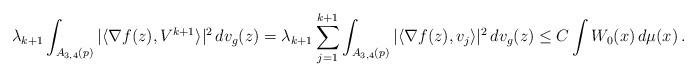
LaTeX: \begin{align*}\lambda_{k+1}\int_{A_{3,4}(p)} |\langle\nabla f(z), V^{k+1}\rangle|^2\,dv_g(z)= \lambda_{k+1} \sum_{j=1}^{k+1}\int_{A_{3,4}(p)} |\langle\nabla f(z), v_j\rangle|^2\,dv_g(z)\leq C \int W_0(x)\, d\mu(x)\, .\end{align*}